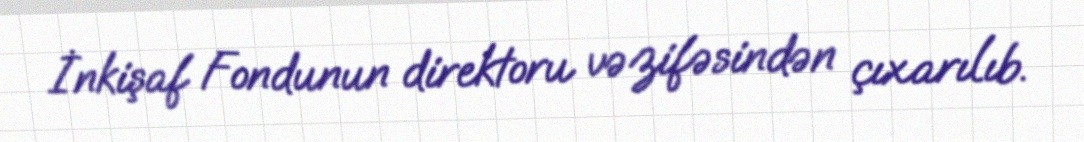
İnkişaf Fondunun direktoru vəzifəsindən çıxarılıb.